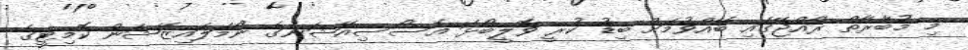
މި މުބާރާތް ރާއްޖޭގައި ބޭއްވުމަށް ބިޑު ކުރީ ވޮލީބޯޅަ އެސޯސިއޭޝަނުގެ ނޯމަލައިޒޭޝަން ކޮމިޓީގެ